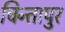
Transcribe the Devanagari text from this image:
चिन्तापुर